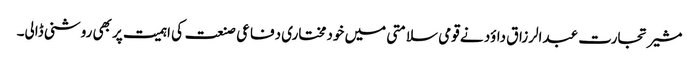
مشیر تجارت عبدالرزاق داؤد نے قومی سلامتی میں خودمختاری دفاعی صنعت کی اہمیت پر بھی روشنی ڈالی۔